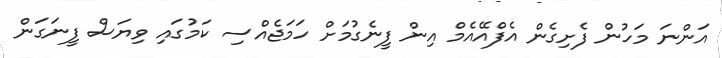
އަންނަ މަހުން ފެށިގެން އެފްއޭއެމް އިން ފީނެގުމަށް ހަމަޖެއްސި ކަމުގައި ވިޔަސް ފީނަގަން